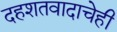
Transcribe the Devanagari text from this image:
दहशतवादाचेही